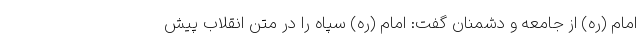
امام (ره) از جامعه و دشمنان گفت: امام (ره) سپاه را در متن انقلاب پیش